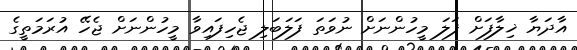
އާދަޔާ ޚިލާފަށް ފަލަ މީހުންނަށް ނުވަތަ ފަލަބަލި ޖެހިފައިވާ މީހުންނަށް ޖެހޭ އުރަމަތީގެ